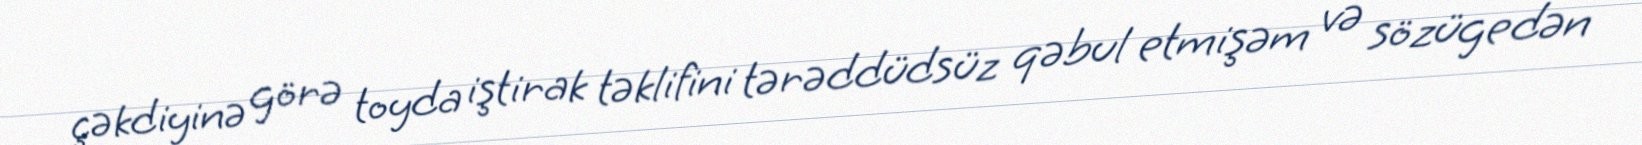
çəkdiyinə görə toyda iştirak təklifini tərəddüdsüz qəbul etmişəm və sözügedən